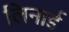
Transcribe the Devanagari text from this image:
लिनार्ड